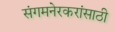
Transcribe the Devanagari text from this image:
संगमनेरकरांसाठी